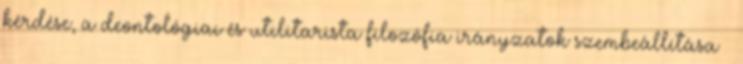
kérdése, a deontológiai és utilitarista filozófia irányzatok szembeállítása –